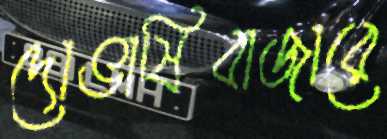
দোভাষিবাজারে